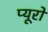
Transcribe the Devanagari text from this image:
प्यूरो